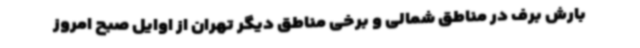
بارش برف در مناطق شمالی و برخی مناطق دیگر تهران از اوایل صبح امروز